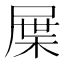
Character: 屟